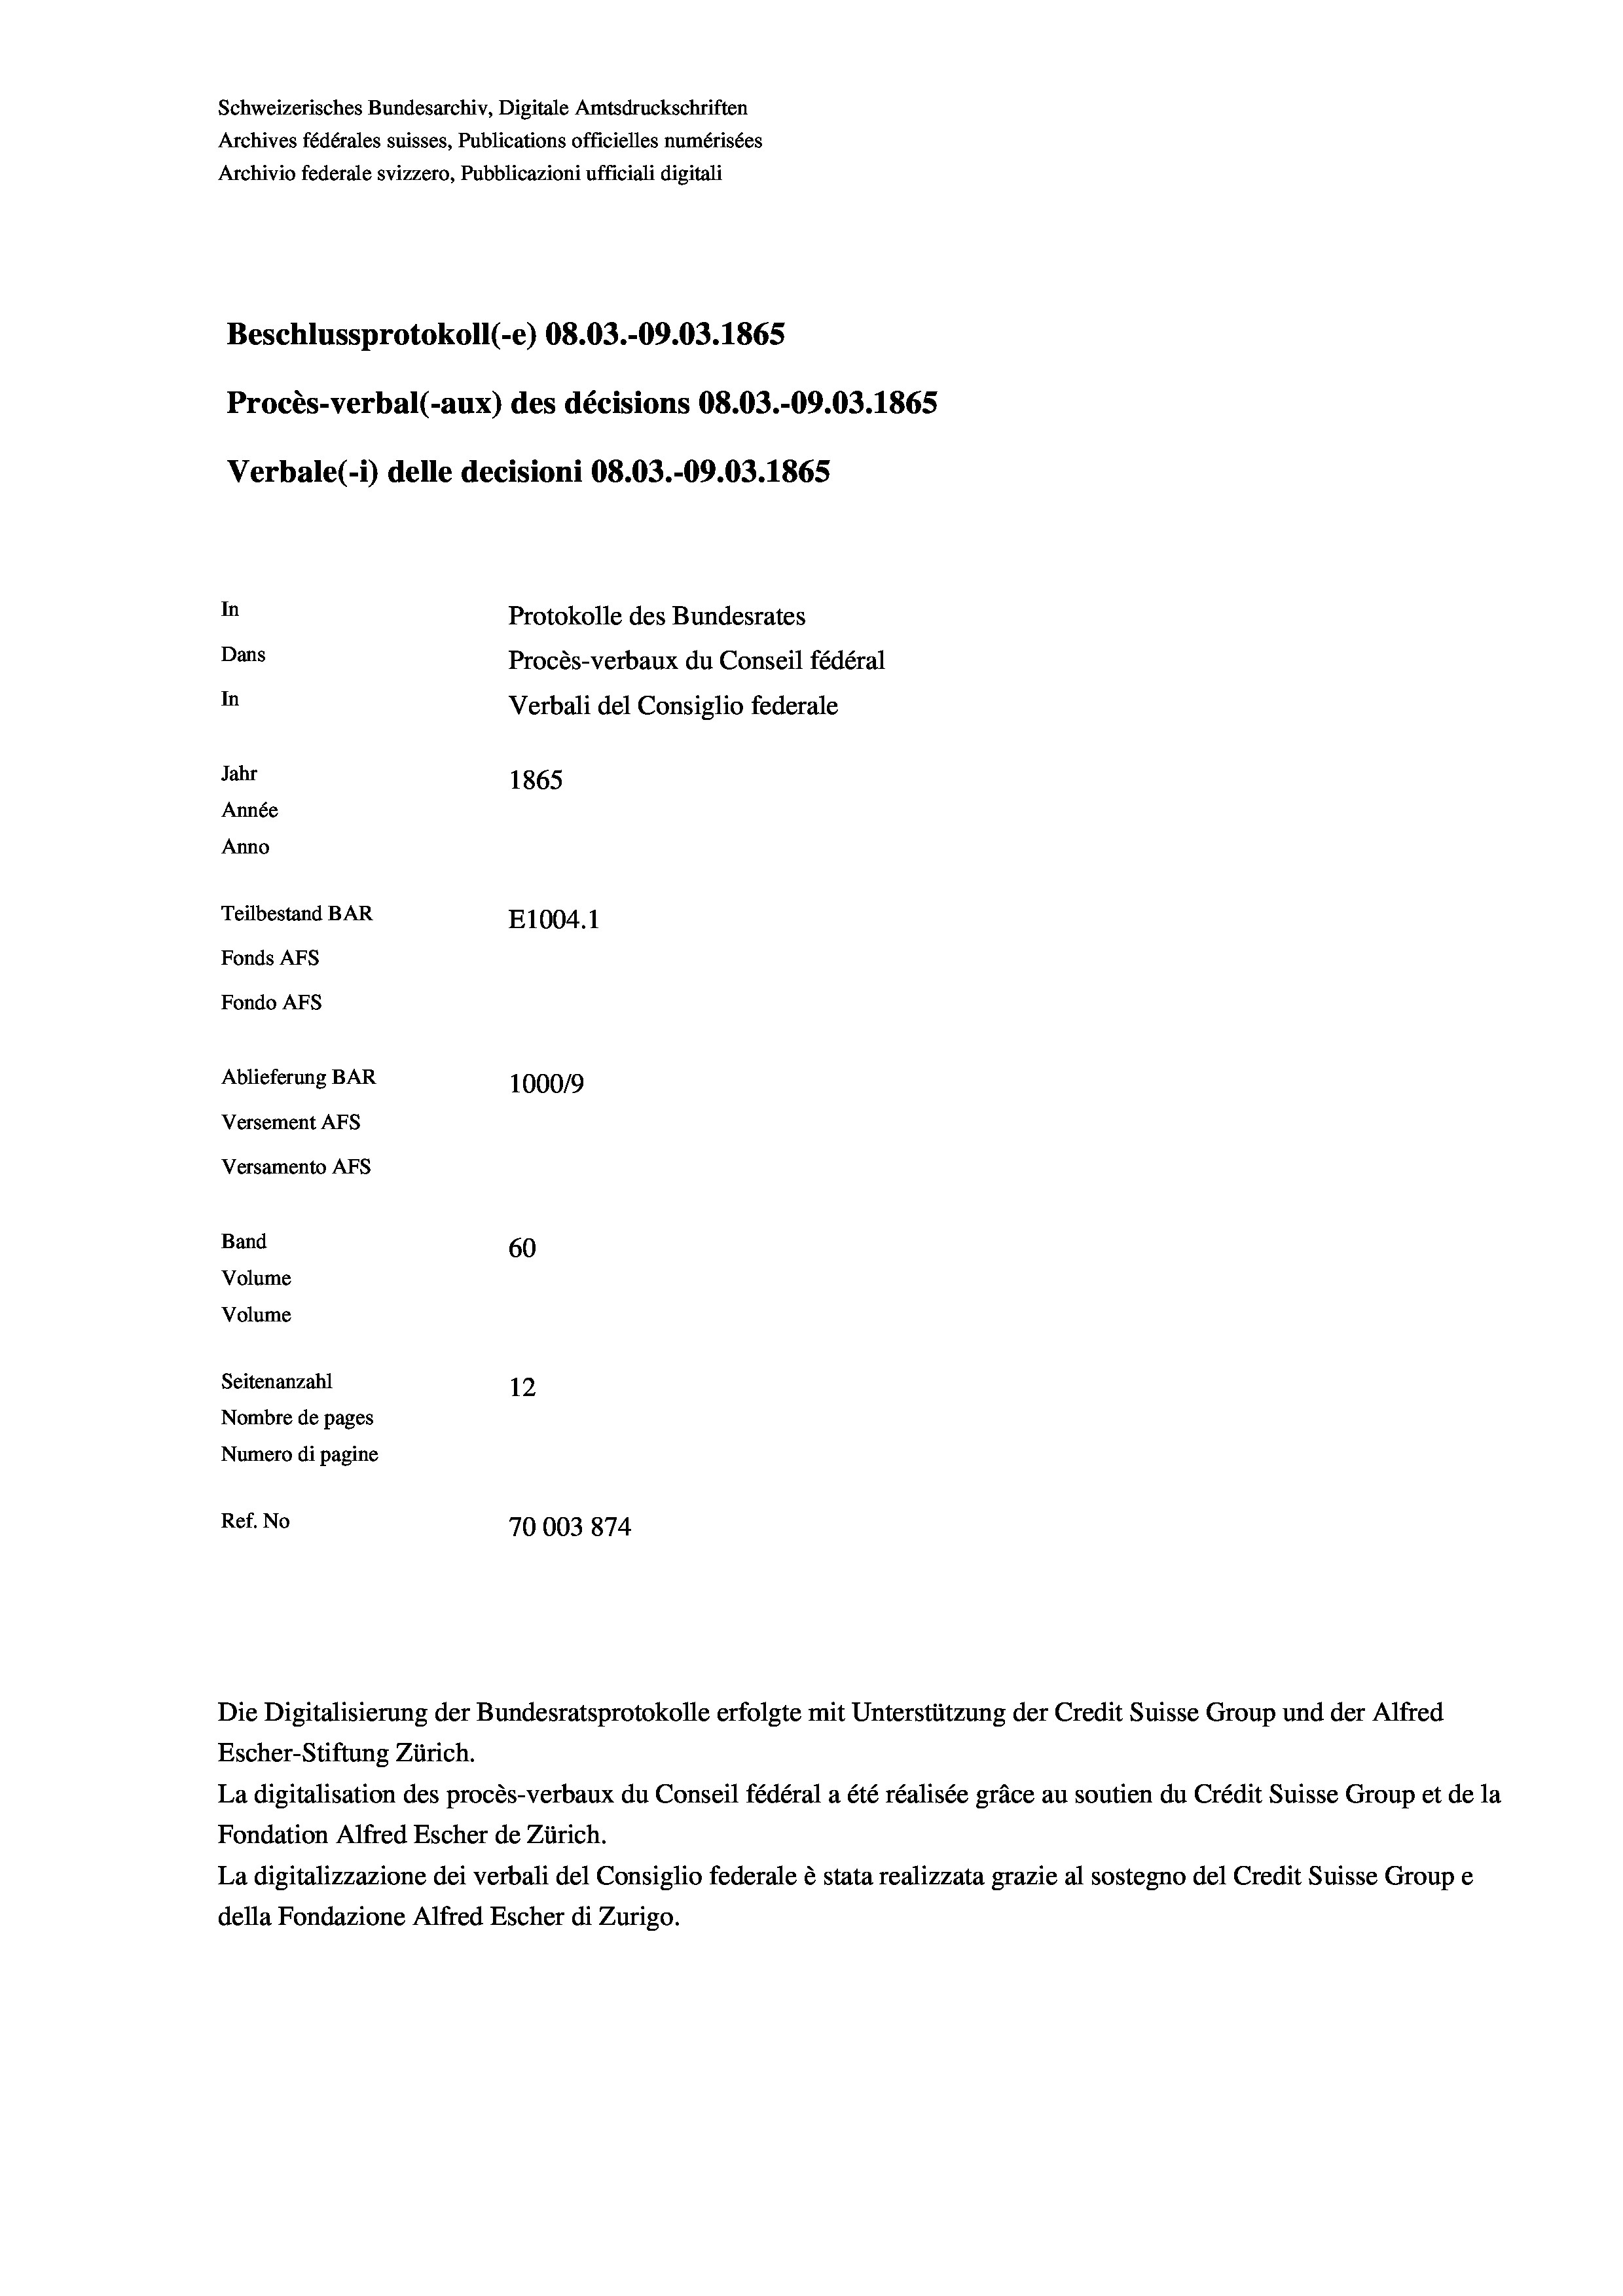
Schweizerisches Bundesarchiv, Digitale Amtsdruckschriften
Archives fédérales suisses, Publications officielles numérisées
Archivio federale svizzero, Pubblicazioni ufficiali digitali
Beschlussprotokoll (-e) 08.03.-09.03. 1865
Procès-verbal (-aux) des décisions 08.03.-09.03. 1865
Verbale (- 1) delle decisioni 08.03.-09.03. 1865
In
Protokolle des Bundesrates
Dans
Procès-verbaux du Conseil fédéral
In
Verbali del Consiglio federale
Jahr
1865
Année
Anno
Teilbestand BAR
E1004.1
Fonds AFs
Fondo Afs
Ablieferung BAR
100019
Versement AFs
Versamento AFs

60
Seitenanzahl
12
Nombre de pages
Numero di pagine
Ref. No
70003874

Band
Volume

Volume

Escher-Stiftung Zürich.
La digitalisation des procès-verbaux du Conseil fédéral a été réalisée gräce au soutien du Crédit Suisse Group et de la
Fondation Alfred Escher de Zürich.
La digitalizzazione dei verbali del Consiglio federale è stata realizzata grazie al sostegno del Credit Suisse Groupe
della Fondazione Alfred Escher di Zurigo.

Die Digitalisierung der Bundesratsprotokolle erfolgte mit Unterstützung der Credit Suisse Group und der Alfred